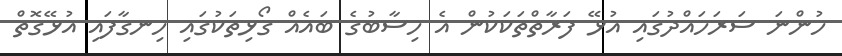
ހުންނަ ސަރަހައްދުގައި އުޅޭ ފަރާތްތަކަކުން އެ ހިސާބުގެ ބައެއް ގޯޅިތަކުގައި ހިނގާފައި އުޅޭގޮތް